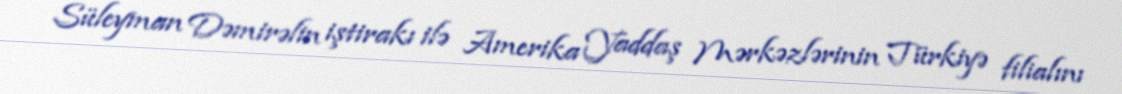
Süleyman Dəmirəlin iştirakı ilə Amerika Yaddaş Mərkəzlərinin Türkiyə filialını